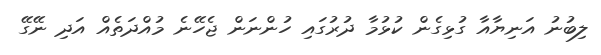
ލިބުނު އަނިޔާއާ ގުޅިގެން ކުޅުމާ ދުރުގައި ހުންނަން ޖެހޭނެ މުއްދަތެއް އަދި ނޭގޭ